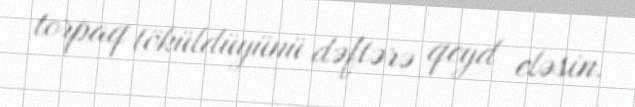
torpaq töküldüyünü dəftərə qeyd eləsin.